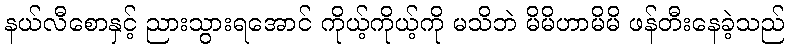
နယ်လီစောနှင့် ညားသွားရအောင် ကိုယ့်ကိုယ့်ကို မသိဘဲ မိမိဟာမိမိ ဖန်တီးနေခဲ့သည်